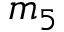
m _ { 5 }